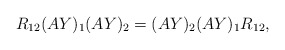
\begin{align*}R_{12} (A Y)_1 (A Y)_2 = (A Y)_2 (A Y)_1 R_{12},\end{align*}